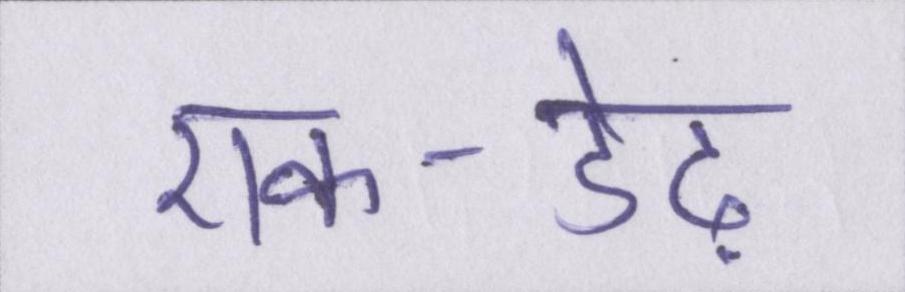
एक-डेढ़